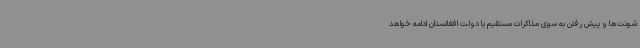
شونت‌ها و پیش رفتن به سوی مذاکرات مستقیم با دولت افغانستان ادامه خواهد